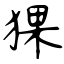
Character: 猓